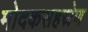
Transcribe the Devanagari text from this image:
मोदकसहस्रेण